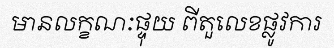
មានលក្ខណៈផ្ទុយ ពីតួលេខផ្លូវការ